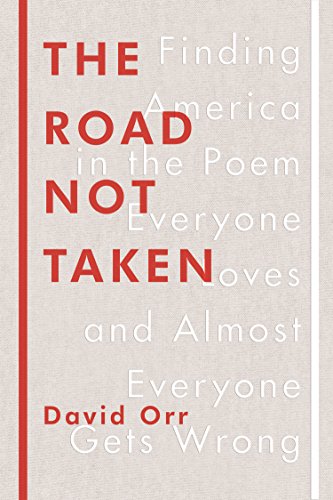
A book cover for The Road Not Taken: Finding America in the Poem Everyone Loves and Almost Everyone Gets Wrong; David Orr; Literature & Fiction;